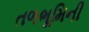
તળભૂમિની